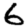
Digit: 6